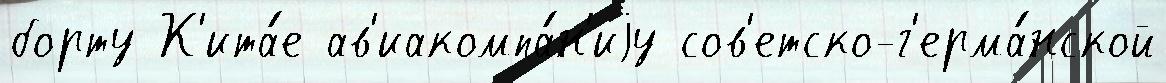
борту К'ита́е ав'иакомпа́н'иjу сов'етско-г'ерма́нской